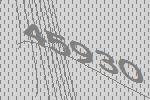
45930